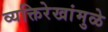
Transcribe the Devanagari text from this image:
व्यक्तिरेखांमुळे